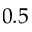
0 . 5